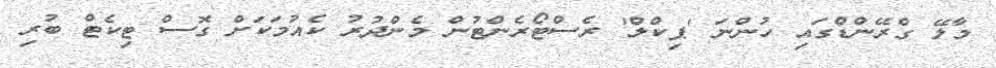
މާލޭ ގްރޭންޑްގައި ހުންނަ 'ޕިކްލް' ރެސްޓޯރެންޓުން މެންދުރު ކެއުމަކަށް ގޮސް ޓިކެޓް ބުރި